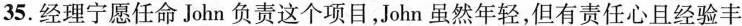
35.经理宁愿任命 John 负责这个项目,John 虽然年轻,但有责任心且经验丰